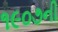
૧૯૦૭ની